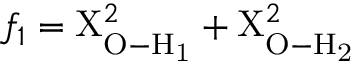
f _ { 1 } = \mathrm { X } _ { \mathrm { O - H _ { 1 } } } ^ { 2 } + \mathrm { X } _ { \mathrm { O - H _ { 2 } } } ^ { 2 }